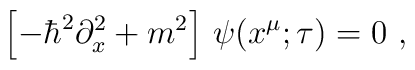
\left[-\hbar^2\partial^2_x+m^2\right]\,\psi(x^\mu;\tau)=0\ ,